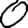
Digit: 0